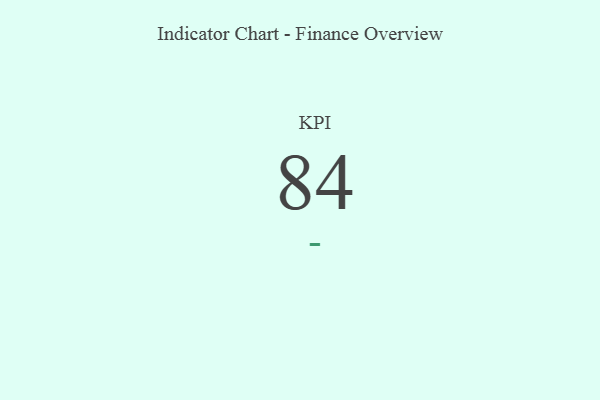
{"axis": {"x": "KPI", "y": "Value"}, "legend": [""], "data": [{"x": "KPI", "y": 84, "type": ""}]}